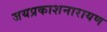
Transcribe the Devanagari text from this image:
जयप्रकाशनारायण